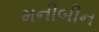
મનીબીન